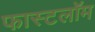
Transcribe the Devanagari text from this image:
फास्टलॉम